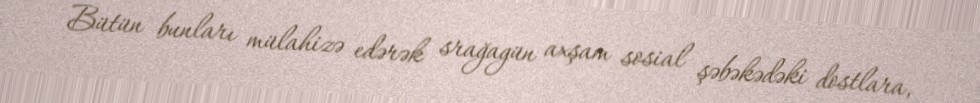
Bütün bunları mülahizə edərək srağagün axşam sosial şəbəkədəki dostlara,